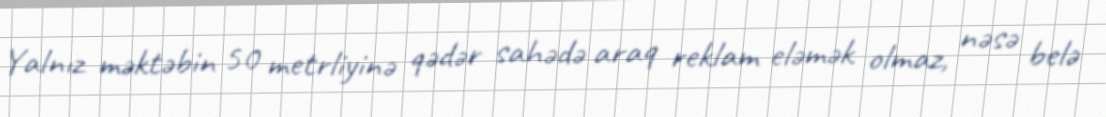
Yalnız məktəbin 50 metrliyinə qədər sahədə araq reklam eləmək olmaz, nəsə belə